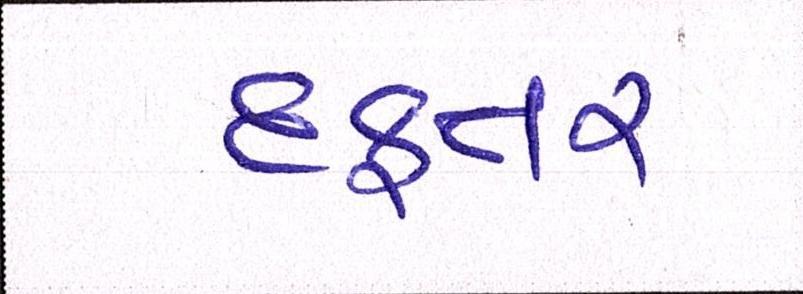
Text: દફતર